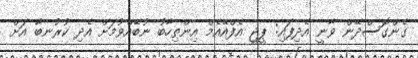
ގެންގޮސްދޭން ވާނީ އެދިފައި: ޕީޖީ އެފްއޭއެމް އިންތިހާބު ނުބޭއްވުމަށް އެދި ކުރުނބާ އަށް